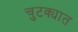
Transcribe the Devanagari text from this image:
चुटक्यात